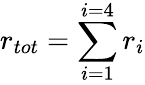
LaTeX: r_{tot}=\sum_{i=1}^{i=4}r_{i}